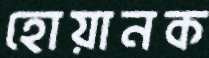
হোয়ানক